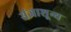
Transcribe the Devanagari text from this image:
संज्ञाशून्य